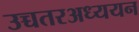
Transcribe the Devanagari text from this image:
उच्चतरअध्ययन